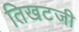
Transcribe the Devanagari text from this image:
तिखटजी